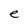
Character: e